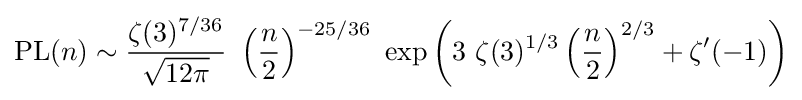
\operatorname {PL} (n)\sim {\frac {\zeta (3)^{7/36}}{\sqrt {12\pi }}}\ \left({\frac {n}{2}}\right)^{-25/36}\ \exp \left(3\ \zeta (3)^{1/3}\left({\frac {n}{2}}\right)^{2/3}+\zeta '(-1)\right)